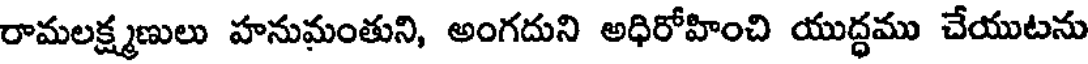
రామలక్ష్మణులు హనుమంతుని, అంగదుని అధిరోహించి యుద్ధము చేయుటను